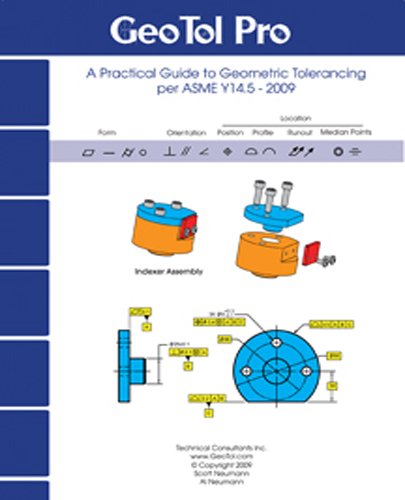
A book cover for GEOTOL Pro: A Practical Guide to Geometric Tolerancing Per ASME Y14.5 - Workbook 2009; Al Neumann; Science & Math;